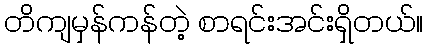
တိကျမှန်ကန်တဲ့ စာရင်းအင်းရှိတယ်။